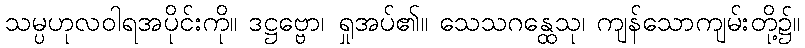
သမ္ပဟုလဝါရအပိုင်းကို။ ဒဋ္ဌဗ္ဗော၊ ရှုအပ်၏။ သေသဂန္ထေသု၊ ကျန်သောကျမ်းတို့၌။